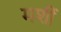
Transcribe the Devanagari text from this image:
मशीं